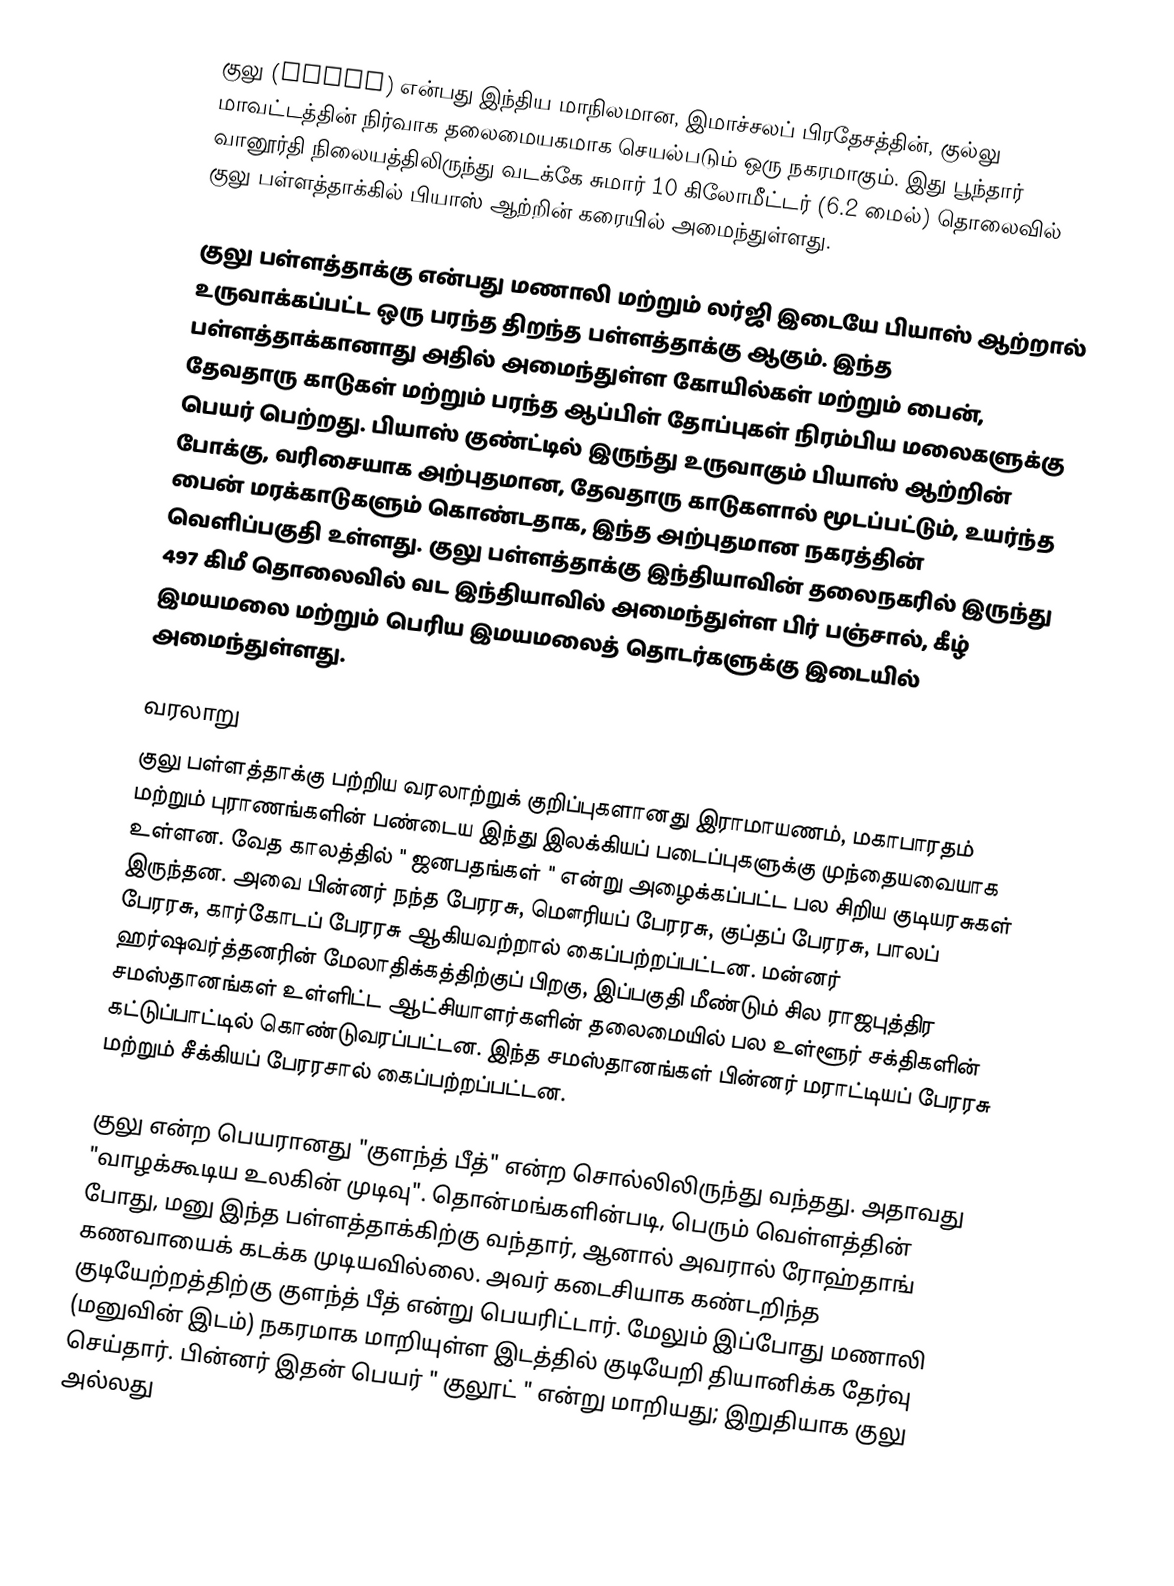
குலு (Kullu) என்பது இந்திய மாநிலமான, இமாச்சலப் பிரதேசத்தின், குல்லு மாவட்டத்தின் நிர்வாக தலைமையகமாக செயல்படும் ஒரு நகரமாகும். இது பூந்தார் வானூர்தி நிலையத்திலிருந்து வடக்கே சுமார் 10 கிலோமீட்டர் (6.2 மைல்) தொலைவில் குலு பள்ளத்தாக்கில் பியாஸ் ஆற்றின் கரையில்  அமைந்துள்ளது.

குலு பள்ளத்தாக்கு என்பது மணாலி மற்றும் லர்ஜி இடையே பியாஸ் ஆற்றால் உருவாக்கப்பட்ட ஒரு பரந்த திறந்த பள்ளத்தாக்கு ஆகும். இந்த பள்ளத்தாக்கானாது அதில் அமைந்துள்ள கோயில்கள் மற்றும் பைன், தேவதாரு காடுகள் மற்றும் பரந்த ஆப்பிள் தோப்புகள் நிரம்பிய மலைகளுக்கு பெயர் பெற்றது. பியாஸ் குண்ட்டில்  இருந்து உருவாகும் பியாஸ் ஆற்றின் போக்கு, வரிசையாக அற்புதமான, தேவதாரு காடுகளால் மூடப்பட்டும், உயர்ந்த பைன் மரக்காடுகளும் கொண்டதாக, இந்த அற்புதமான நகரத்தின் வெளிப்பகுதி உள்ளது. குலு பள்ளத்தாக்கு இந்தியாவின் தலைநகரில் இருந்து 497 கிமீ தொலைவில் வட இந்தியாவில் அமைந்துள்ள பிர் பஞ்சால், கீழ் இமயமலை மற்றும் பெரிய இமயமலைத் தொடர்களுக்கு இடையில் அமைந்துள்ளது.

வரலாறு
குலு பள்ளத்தாக்கு பற்றிய வரலாற்றுக் குறிப்புகளானது இராமாயணம், மகாபாரதம் மற்றும் புராணங்களின் பண்டைய இந்து இலக்கியப் படைப்புகளுக்கு முந்தையவையாக உள்ளன.  வேத காலத்தில் " ஜனபதங்கள் " என்று அழைக்கப்பட்ட பல சிறிய குடியரசுகள் இருந்தன. அவை பின்னர் நந்த பேரரசு, மௌரியப் பேரரசு, குப்தப் பேரரசு, பாலப் பேரரசு, கார்கோடப் பேரரசு ஆகியவற்றால் கைப்பற்றப்பட்டன. மன்னர் ஹர்ஷவர்த்தனரின் மேலாதிக்கத்திற்குப் பிறகு, இப்பகுதி மீண்டும் சில ராஜபுத்திர சமஸ்தானங்கள் உள்ளிட்ட ஆட்சியாளர்களின் தலைமையில் பல உள்ளூர் சக்திகளின் கட்டுப்பாட்டில் கொண்டுவரப்பட்டன. இந்த சமஸ்தானங்கள் பின்னர் மராட்டியப் பேரரசு மற்றும் சீக்கியப் பேரரசால் கைப்பற்றப்பட்டன.

குலு என்ற பெயரானது "குளந்த் பீத்" என்ற சொல்லிலிருந்து வந்தது. அதாவது "வாழக்கூடிய உலகின் முடிவு". தொன்மங்களின்படி, பெரும் வெள்ளத்தின் போது, மனு இந்த பள்ளத்தாக்கிற்கு வந்தார், ஆனால் அவரால் ரோஹ்தாங் கணவாயைக் கடக்க முடியவில்லை. அவர் கடைசியாக கண்டறிந்த குடியேற்றத்திற்கு குளந்த் பீத் என்று பெயரிட்டார். மேலும் இப்போது மணாலி (மனுவின் இடம்) நகரமாக மாறியுள்ள இடத்தில் குடியேறி தியானிக்க தேர்வு செய்தார். பின்னர் இதன் பெயர் " குலூட் " என்று மாறியது; இறுதியாக குலு அல்லது